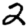
Digit: 2